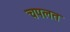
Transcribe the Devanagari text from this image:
चपलत